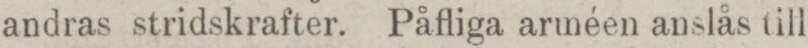
andras stridskrafter. Påfliga arméen anslås till